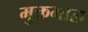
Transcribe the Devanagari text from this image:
मुक्तमाल